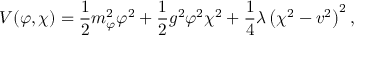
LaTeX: V ( \varphi , \chi ) = \frac { 1 } { 2 } m _ { \varphi } ^ { 2 } \varphi ^ { 2 } + \frac { 1 } { 2 } g ^ { 2 } \varphi ^ { 2 } \chi ^ { 2 } + \frac { 1 } { 4 } \lambda \left( \chi ^ { 2 } - v ^ { 2 } \right) ^ { 2 } ,